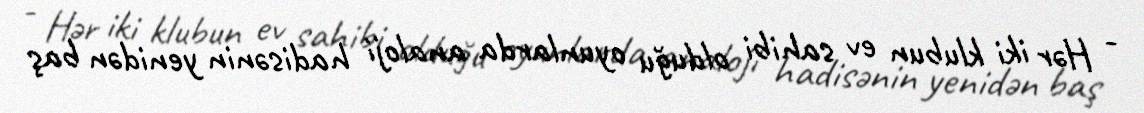
- Hər iki klubun ev sahibi olduğu oyunlarda analoji hadisənin yenidən baş